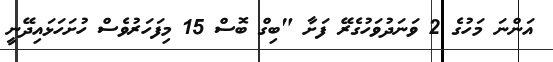
އަންނަ މަހުގެ 2 ވަނަދުވަހުގެރޭ ފަށާ "ބިގް ބޮސް 15 މިފަހަރުވެސް ހުށަހަޅައިދޭނީ